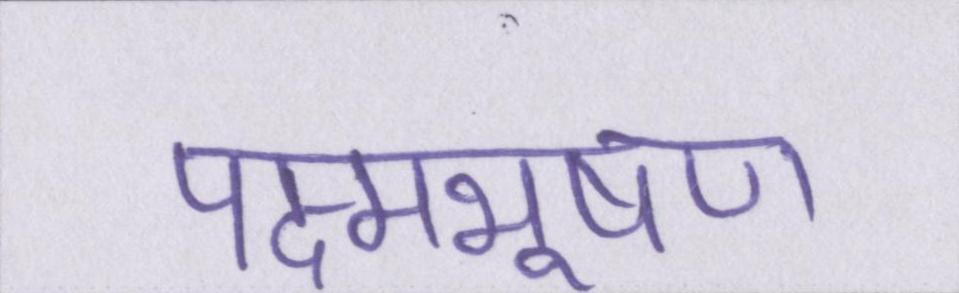
पद्मभूषण